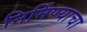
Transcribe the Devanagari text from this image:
निर्मिण्याचा